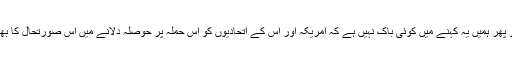
اور اگر یہ درست ہے تو پھر ہمیں یہ کہنے میں کوئی باک نہیں ہے کہ امریکہ اور اس کے اتحادیوں کو اس حملہ پر حوصلہ دلانے میں اس صورتحال کا بھی یقیناًبہت بڑا دخل ہے۔